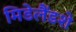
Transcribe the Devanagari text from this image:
मिडेलैंडशे